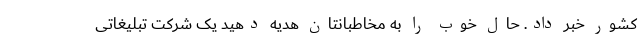
کشور خبر داد. حال خوب را به مخاطبانتان هدیه دهید یک شرکت تبلیغاتی